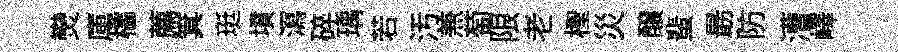
𤓖庫櫺薦箕珽墳㵼碎瑀若汚𠔥萄限老檉災醸蜚朂防漕嶧